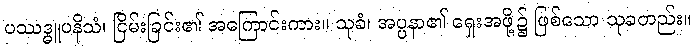
ပဿဒ္ဓူပနိသံ၊ ငြိမ်းခြင်း၏ အကြောင်းကား။ သုခံ၊ အပ္ပနာ၏ ရှေးအဖို့၌ ဖြစ်သော သုခတည်း။